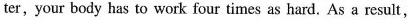
ter,your body has to work four times as hard. As a result,